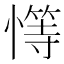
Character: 𢡩